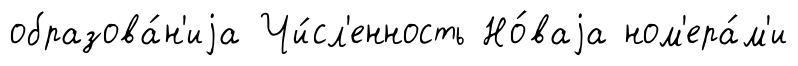
образова́н'иjа Чи́сл'енность Но́ваjа ном'ера́м'и